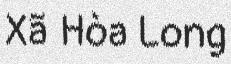
Xã Hòa Long